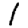
Digit: 1